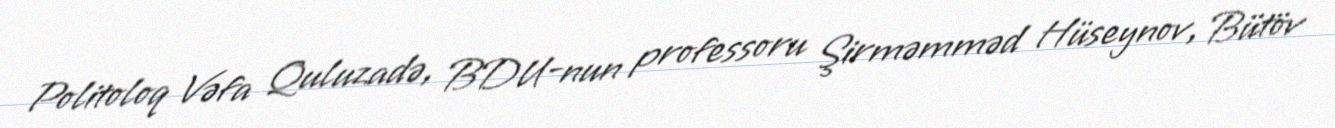
Politoloq Vəfa Quluzadə, BDU-nun professoru Şirməmməd Hüseynov, Bütöv